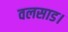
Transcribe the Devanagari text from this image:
वलसाड।